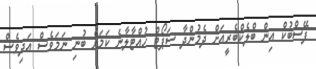
ފޭސްބުކް އިން ބްލެކްބެރީއަށް ދެމުންދާ ސަޕޯޓް ހުއްޓާލާނެ ކަމަށް ބުނި ނަމަވެސް އަދިވެސް